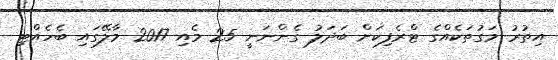
އިތުރު މަގުތަކެއްގެ ޓްރެފިކަށް ބަދަލު ގެންނަނީ 25 މެއި 2017 މާލޭގައި ބެހެއްޓި